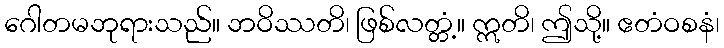
ဂေါတမဘုရားသည်။ ဘဝိဿတိ၊ ဖြစ်လတ္တံ့။ ဣတိ၊ ဤသို့။ ဧတံဝစနံ၊